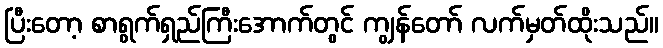
ပြီးတော့ စာရွက်ရှည်ကြီးအောက်တွင် ကျွန်တော် လက်မှတ်ထိုးသည်။